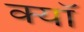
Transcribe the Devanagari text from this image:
क्यॉ